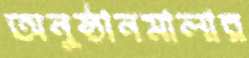
অনুষ্ঠানমালার